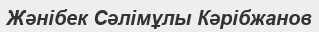
Жәнібек Сәлімұлы Кәрібжанов